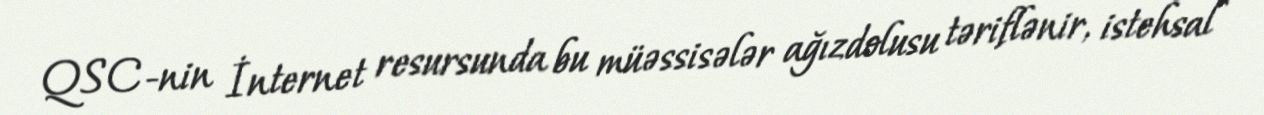
QSC-nin İnternet resursunda bu müəssisələr ağızdolusu təriflənir, istehsal